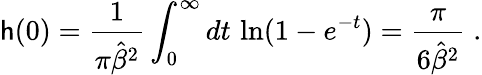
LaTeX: \mathsf{h}(0)={\frac{{1}}{{\pi{\hat{{\beta}}}^{2}}}}\int_{0}^{\infty}dt\, \ln(1-e^{-t})=\frac{{\pi}}{{6{\hat{{\beta}}}^{2}}}\; .